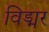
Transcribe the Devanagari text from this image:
विड्मर